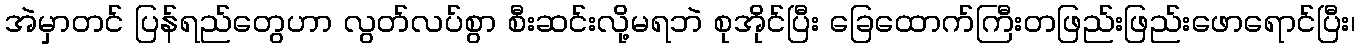
အဲမှာတင် ပြန်ရည်တွေဟာ လွတ်လပ်စွာ စီးဆင်းလို့မရဘဲ စုအိုင်ပြီး ခြေထောက်ကြီးတဖြည်းဖြည်းဖောရောင်ပြီး၊